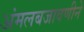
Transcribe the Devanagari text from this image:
अंमलबजावणीने